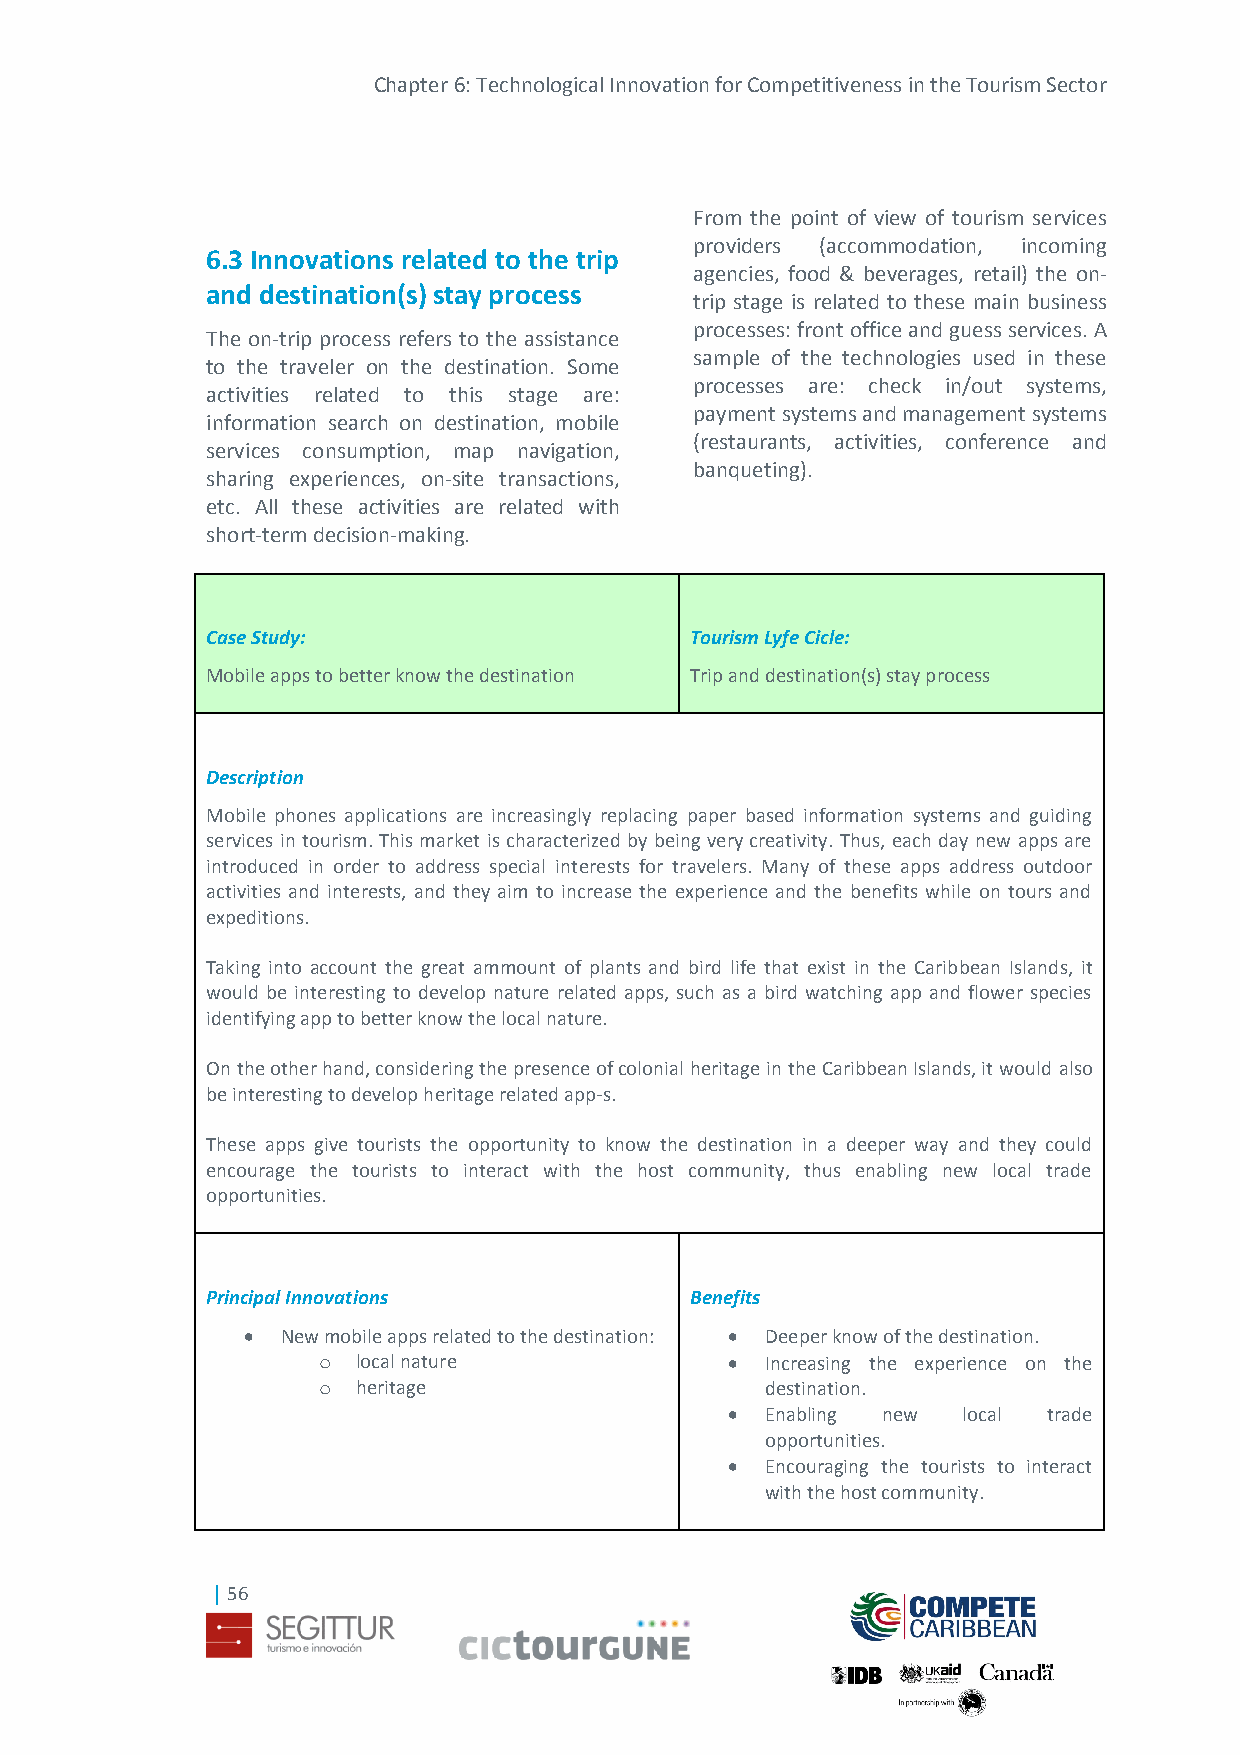
Chapter 6: Technological Innovation for Competitiveness in the Tourism Sector
 From the point of view of tourism services
 providers (accommodation, incoming
 6.3 Innovations related to the trip
 agencies, food & beverages, retail) the on-
 and destination(s) stay process
 trip stage is related to these main business
 processes: front office and guess services. A
 The on-trip process refers to the assistance
 sample of the technologies used in these
 to the traveler on the destination. Some
 processes are: check in/out systems,
 activities related to this stage are:
 payment systems and management systems
 information search on destination, mobile
 (restaurants, activities, conference and
 services consumption, map navigation,
 banqueting).
 sharing experiences, on-site transactions,
 etc. All these activities are related with
 short-term decision-making.
 Case Study:                     Tourism Lyfe Cicle:
 Mobile apps to better know the destination Trip and destination(s) stay process
 Description
 Mobile phones applications are increasingly replacing paper based information systems and guiding
 services in tourism. This market is characterized by being very creativity. Thus, each day new apps are
 introduced in order to address special interests for travelers. Many of these apps address outdoor
 activities and interests, and they aim to increase the experience and the benefits while on tours and
 expeditions.
 Taking into account the great ammount of plants and bird life that exist in the Caribbean Islands, it
 would be interesting to develop nature related apps, such as a bird watching app and flower species
 identifying app to better know the local nature.
 On the other hand, considering the presence of colonial heritage in the Caribbean Islands, it would also
 be interesting to develop heritage related app-s.
 These apps give tourists the opportunity to know the destination in a deeper way and they could
 encourage the tourists to interact with the host community, thus enabling new local trade
 opportunities.
 Principal Innovations           Benefits
   New mobile apps related to the destination:  Deeper know of the destination.
 o  local nature              Increasing the experience on the
 o  heritage                   destination.
   Enabling new local trade
 opportunities.
   Encouraging the tourists to interact
 with the host community.
 | 56